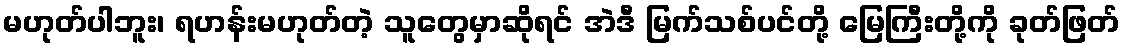
မဟုတ်ပါဘူး၊ ရဟန်းမဟုတ်တဲ့ သူတွေမှာဆိုရင် အဲဒီ မြက်သစ်ပင်တို့ မြေကြီးတို့ကို ခုတ်ဖြတ်